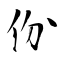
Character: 份